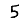
Digit: 5